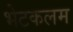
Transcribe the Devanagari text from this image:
भेटकलम